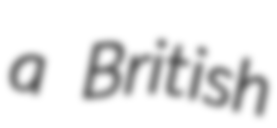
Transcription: a British